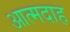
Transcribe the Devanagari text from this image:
आत्‍मदाह